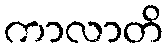
ကာလာတိ